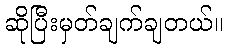
ဆိုပြီးမှတ်ချက်ချတယ်။